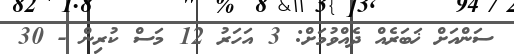
ސަންއަށް ޚަބަރެއް ދެއްވުމަށް: 3 އަހަރު 12 މަސް ކުރިން - 30